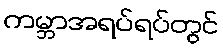
ကမ္ဘာအရပ်ရပ်တွင်